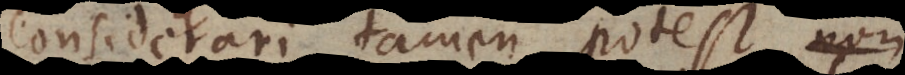
considerari tamen potest, non